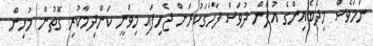
ނަމަވެސް މިދެބެއިންގެ އުފަން ދުވަސް ފާހަގަކުރަން ޖެހިފައި މިވަނީ ކަންދިމާކުރި ގޮތުން މުޅިން